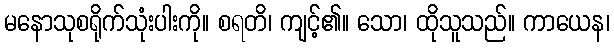
မနောသုစရိုက်သုံးပါးကို။ စရတိ၊ ကျင့်၏။ သော၊ ထိုသူသည်။ ကာယေန၊